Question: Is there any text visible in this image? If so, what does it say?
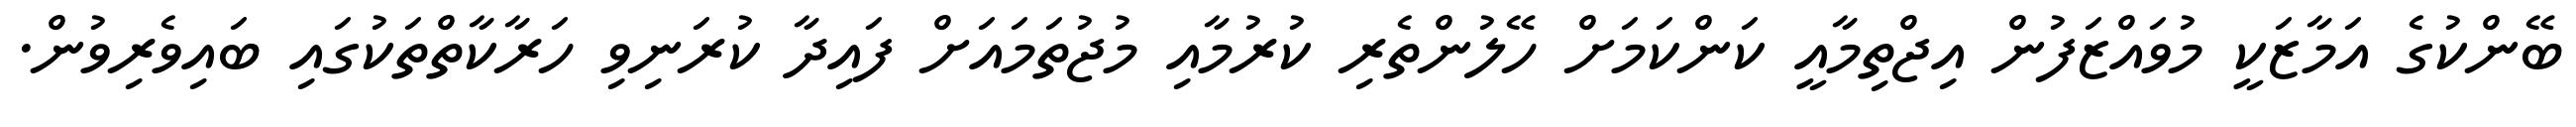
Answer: ބޭންކުގެ އަމާޒަކީ މުވައްޒަފުން އިޖްތިމާއީ ކަންކަމަށް ހޭލުންތެރި ކުރުމާއި މުޖުތަމައަށް ފައިދާ ކުރަނިވި ހަރާކާތްތަކުގައި ބައިވެރިވުން.